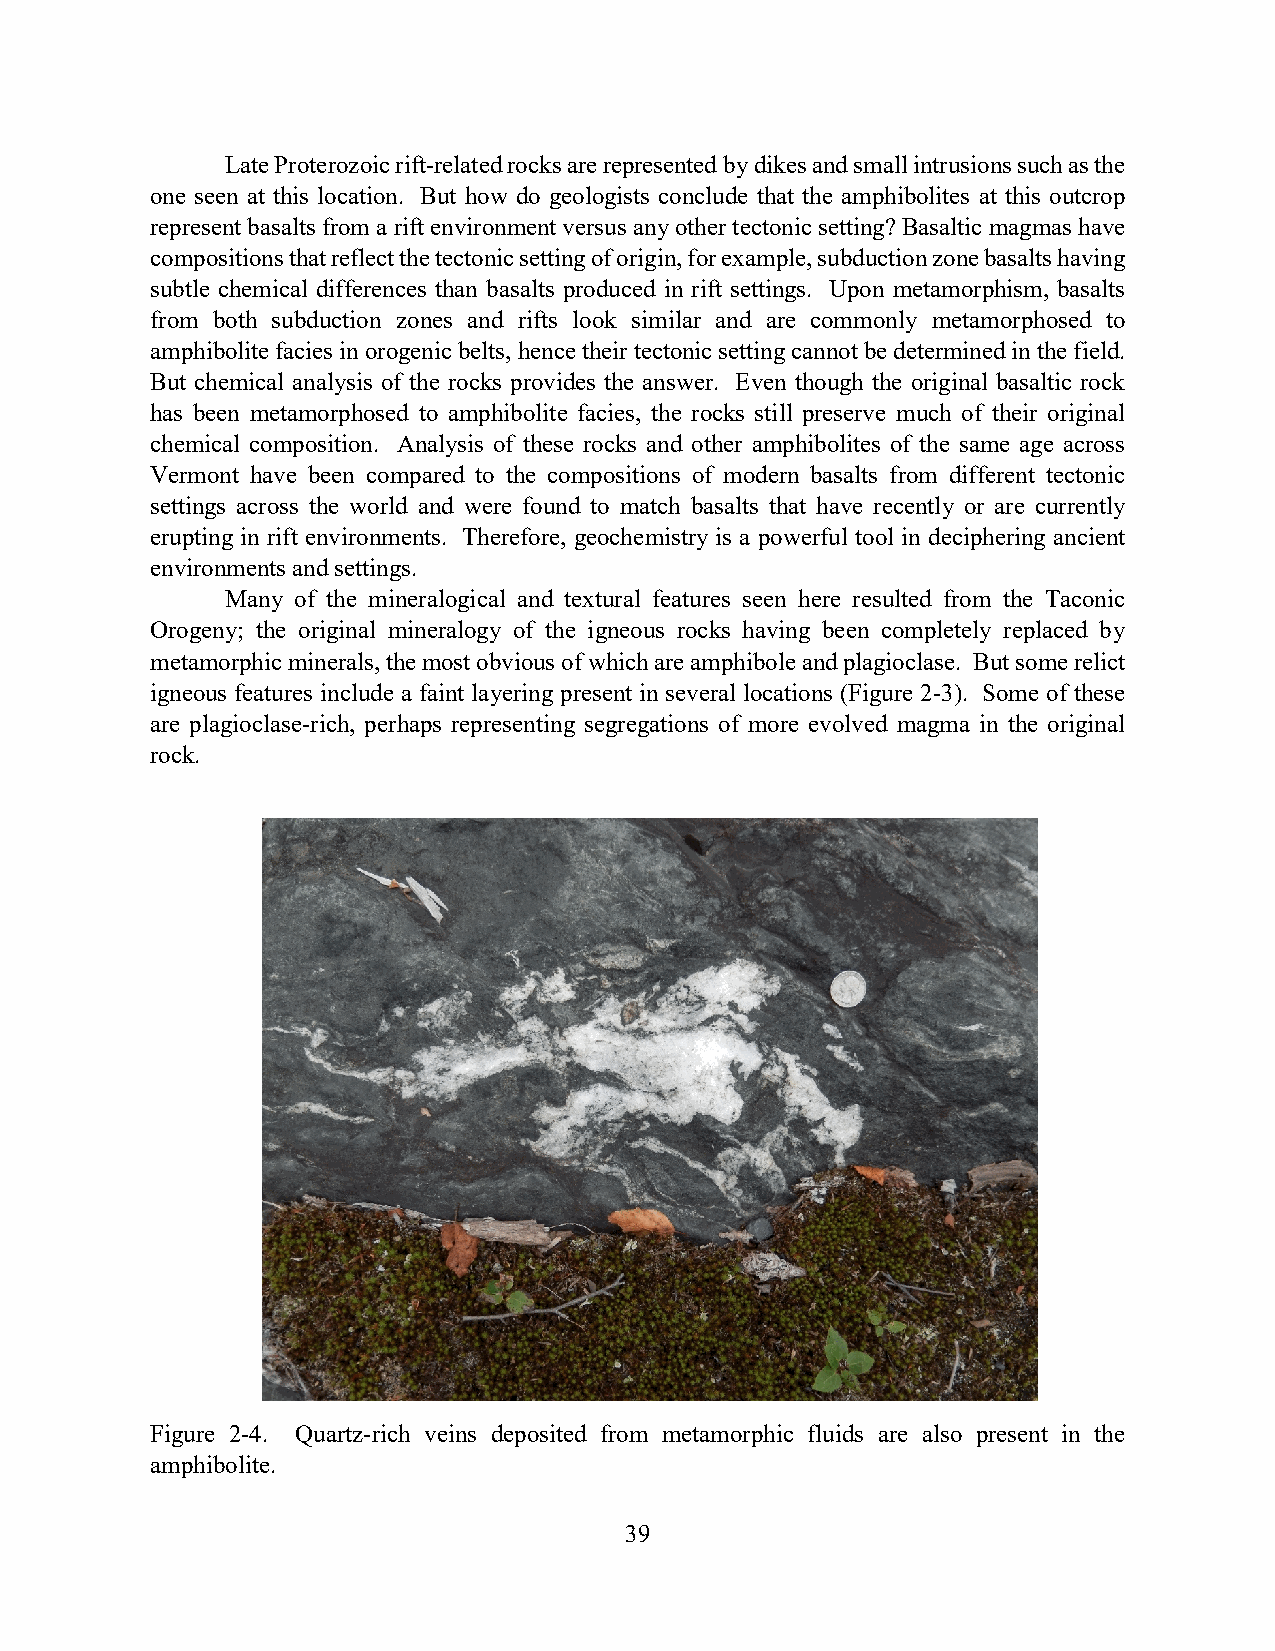
Late Proterozoic rift-related rocks are represented by dikes and small intrusions such as the
 one seen at this location. But how do geologists conclude that the amphibolites at this outcrop
 represent basalts from a rift environment versus any other tectonic setting? Basaltic magmas have
 compositions that reflect the tectonic setting of origin, for example, subduction zone basalts having
 subtle chemical differences than basalts produced in rift settings. Upon metamorphism, basalts
 from both subduction zones and rifts look similar and are commonly metamorphosed to
 amphibolite facies in orogenic belts, hence their tectonic setting cannot be determined in the field.
 But chemical analysis of the rocks provides the answer. Even though the original basaltic rock
 has been metamorphosed to amphibolite facies, the rocks still preserve much of their original
 chemical composition. Analysis of these rocks and other amphibolites of the same age across
 Vermont have been compared to the compositions of modern basalts from different tectonic
 settings across the world and were found to match basalts that have recently or are currently
 erupting in rift environments. Therefore, geochemistry is a powerful tool in deciphering ancient
 environments and settings.
 Many of the mineralogical and textural features seen here resulted from the Taconic
 Orogeny; the original mineralogy of the igneous rocks having been completely replaced by
 metamorphic minerals, the most obvious of which are amphibole and plagioclase. But some relict
 igneous features include a faint layering present in several locations (Figure 2-3). Some of these
 are plagioclase-rich, perhaps representing segregations of more evolved magma in the original
 rock.
 Figure 2-4. Quartz-rich veins deposited from metamorphic fluids are also present in the
 amphibolite.
 39